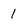
Character: 1